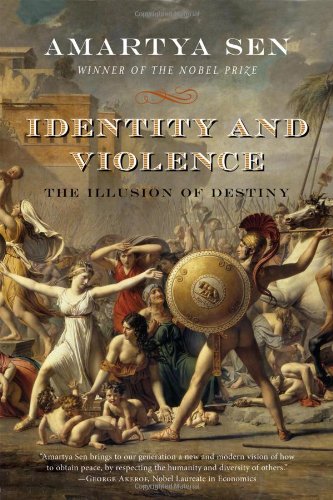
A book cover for Identity and Violence: The Illusion of Destiny (Issues of Our Time); Amartya Sen; Politics & Social Sciences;